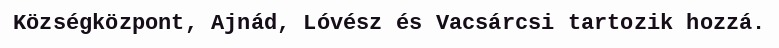
Községközpont, Ajnád, Lóvész és Vacsárcsi tartozik hozzá.